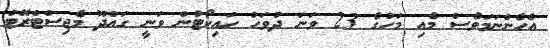
އެހެންނަމަވެސް މެއި މަހުގެ 23 ވަނަ ދުވަހު ހައިކޯޓުން ވަނީ ގައްދޫ މެޖިސްޓްރޭޓު